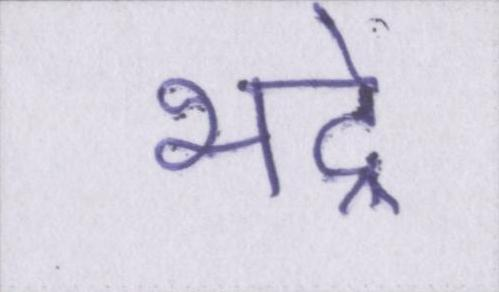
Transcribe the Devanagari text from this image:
भद्रे